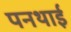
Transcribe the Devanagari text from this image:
पनथाई